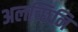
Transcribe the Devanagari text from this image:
अलच्छिनि